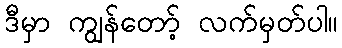
ဒီမှာ ကျွန်တော့် လက်မှတ်ပါ။